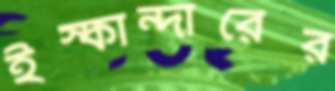
ইস্কান্দারের